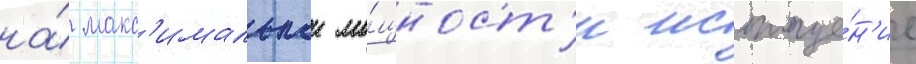
на́ макс'имальнои мо́щност'и истоще́н'ие